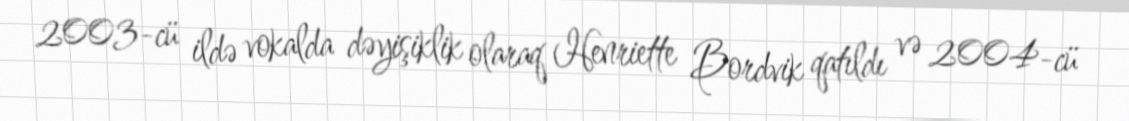
2003-cü ildə vokalda dəyişiklik olaraq Henriette Bordvik qatıldı və 2004-cü